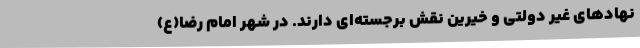
نهادهای غیر دولتی و خیرین نقش برجسته‌ای دارند. در شهر امام رضا(ع)